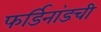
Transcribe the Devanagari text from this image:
फर्डिनांडची